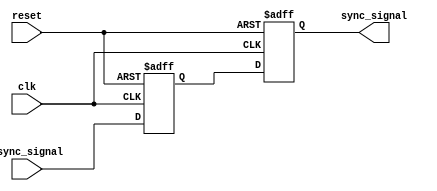
module signal_level_crossing_synchronizer (
    input wire clk,          // Receiving clock domain
    input wire reset,        // Reset signal
    input wire async_signal, // Asynchronous input signal
    output reg sync_signal   // Synchronized output signal
);

    // Internal signals for the two flip-flops
    reg ff1_out; // Output of the first flip-flop

    // First flip-flop: samples the asynchronous signal
    always @(posedge clk or posedge reset) begin
        if (reset) begin
            ff1_out <= 1'b0; // Initialize to a known state
        end else begin
            ff1_out <= async_signal; // Sample the asynchronous signal
        end
    end

    // Second flip-flop: stabilizes the output
    always @(posedge clk or posedge reset) begin
        if (reset) begin
            sync_signal <= 1'b0; // Initialize to a known state
        end else begin
            sync_signal <= ff1_out; // Output the stabilized signal
        end
    end

endmodule